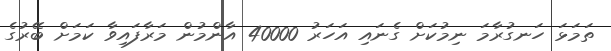
ތަމަޅަ ހަނގުރާމަ ނިމުކަށް ގެނައި އަހަރު 40000 އާންމުން މަރާފައިވާ ކަމަށް ބޭރުގެ